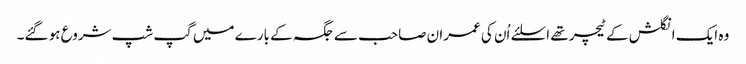
وہ ایک انگلش کے ٹیچر تھے اسلئے اُن کی عمران صاحب سے جگہ کے بارے میں گپ شپ شروع ہو گئے۔